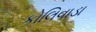
કોલિવાડા